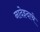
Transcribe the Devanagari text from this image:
नादेझ्दाचे